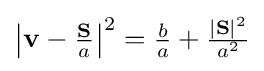
\left|\mathbf {v} -{\tfrac {\mathbf {S} }{a}}\right|^{2}={\tfrac {b}{a}}+{\tfrac {|\mathbf {S} |^{2}}{a^{2}}}